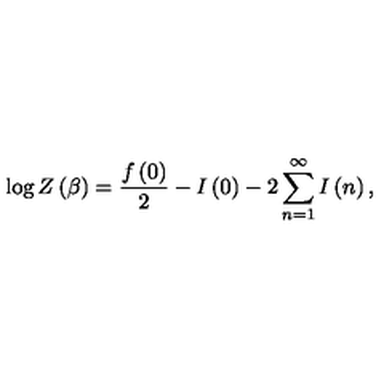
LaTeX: \log Z \left( \beta \right) = \frac { f \left( 0 \right) } { 2 } - I \left( 0 \right) - 2 \sum _ { n = 1 } ^ { \infty } I \left( n \right) ,